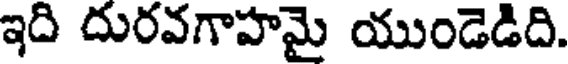
ఇది దురవగాహమై యుండెడిది.